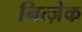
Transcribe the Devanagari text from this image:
नित्ज़ेक